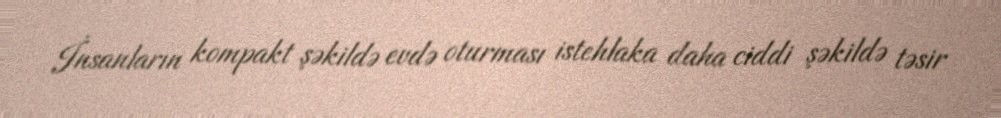
İnsanların kompakt şəkildə evdə oturması istehlaka daha ciddi şəkildə təsir